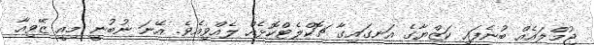
ޖުމްލައެއް ބުނެފައި ކަޒްޔާގެ އަނގައިގާ ޗޮކްލެޓްކޮޅެއް ލެއްވިއެވެ. އޭނަ ނުބުނީ މިއީ ޒޭވިއާ